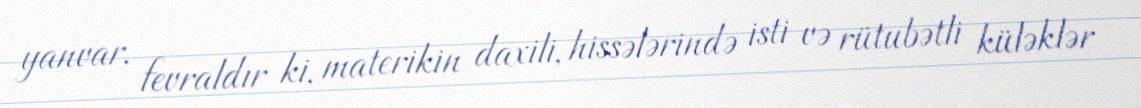
yanvar, fevraldır ki, materikin daxili, hissələrində isti və rütubətli küləklər